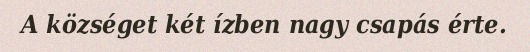
A községet két ízben nagy csapás érte.